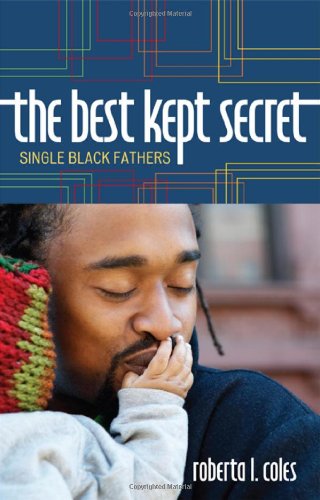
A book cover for The Best Kept Secret: Single Black Fathers; Roberta L. Coles; Parenting & Relationships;